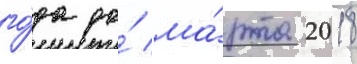
го́да до́ ма́рта 2018